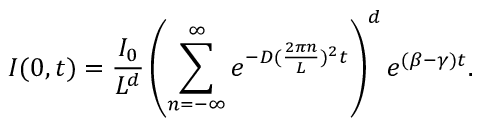
I ( 0 , t ) = \frac { I _ { 0 } } { L ^ { d } } \left( \sum _ { n = - \infty } ^ { \infty } e ^ { - D ( \frac { 2 \pi n } { L } ) ^ { 2 } t } \right) ^ { d } e ^ { ( \beta - \gamma ) t } .